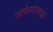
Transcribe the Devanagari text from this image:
खगोलशास्त्राद्वारे